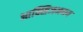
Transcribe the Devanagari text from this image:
आक्सिजनमय